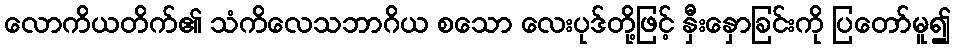
လောကိယတိက်၏ သံကိလေသဘာဂိယ စသော လေးပုဒ်တို့ဖြင့် နှီးနှောခြင်းကို ပြတော်မူ၍